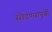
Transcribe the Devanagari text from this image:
सोडण्यापुर्वी